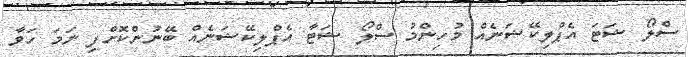
ސްލޯ ޝަޓަ އެޕްލިކޭޝަނެއް މުހިންމު ސްލޯ ޝަޓާ އެޕްލިކޭޝަނެއް ބޭނުންކޮށްފި ނަމަ ހަވާ